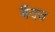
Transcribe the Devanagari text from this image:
बैंदव